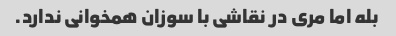
بله اما مری در نقاشی با سوزان همخوانی ندارد.